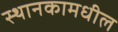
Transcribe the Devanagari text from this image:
स्थानकामधील